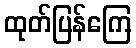
ထုတ်ပြန်ကြေ